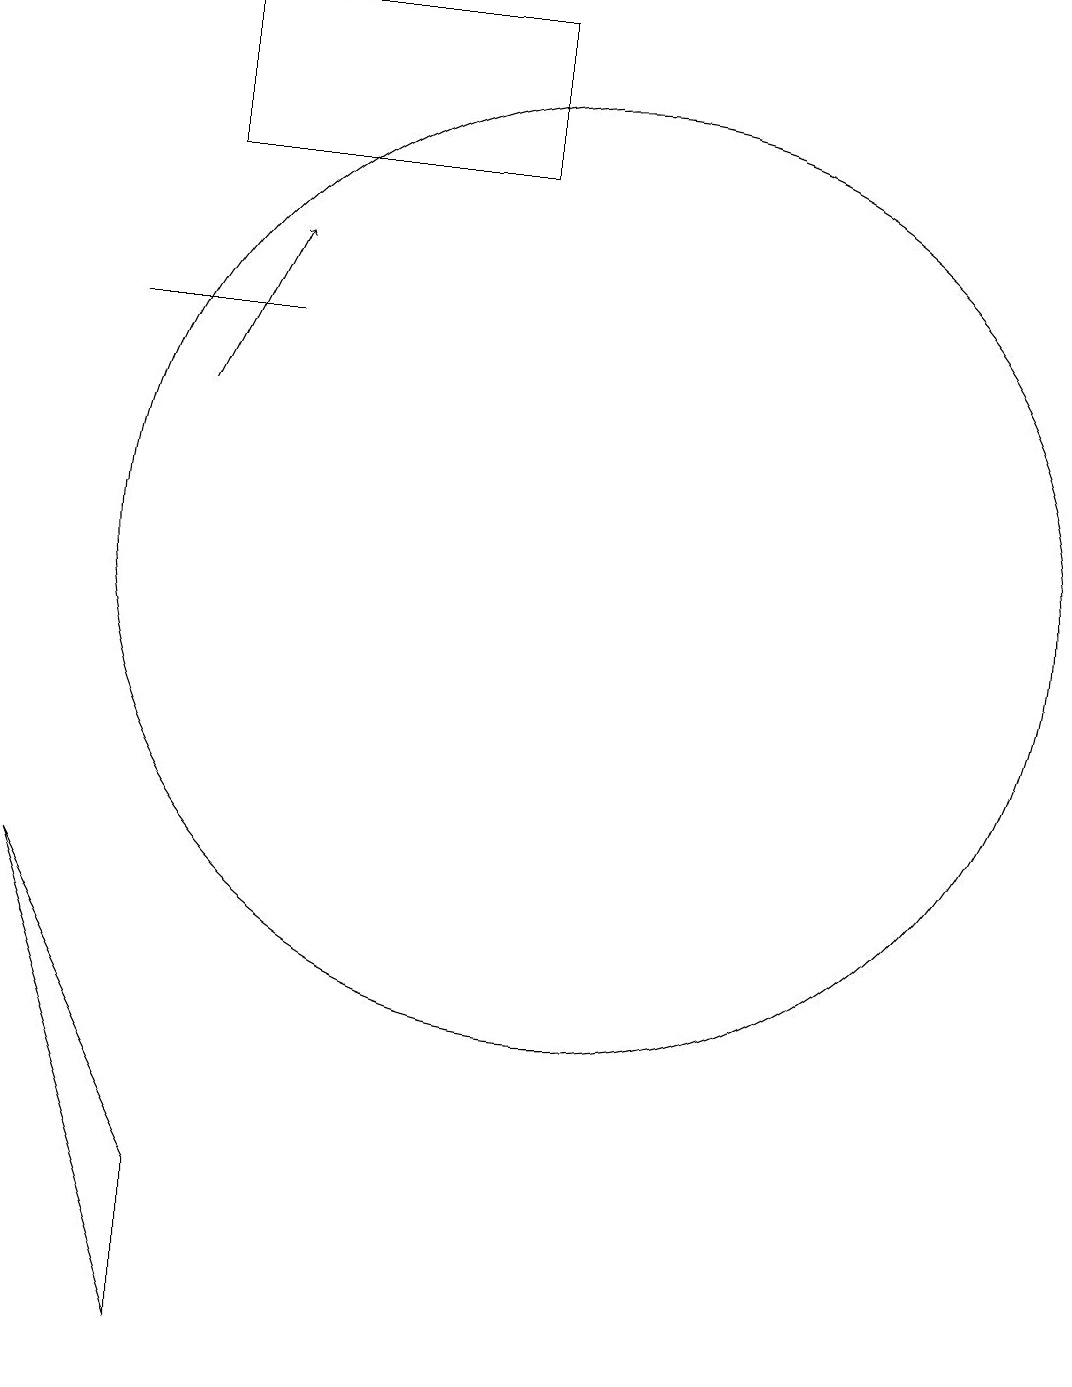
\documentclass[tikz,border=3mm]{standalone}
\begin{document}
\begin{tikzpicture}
\draw (4,14) rectangle (6,14);
\draw[->] (5,13) -- (6,15);
\draw (10,11) circle (6);
\draw (3,7) -- (5,3) -- (5,1) -- cycle;
\draw (5,18) rectangle (9,16);
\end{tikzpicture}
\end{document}